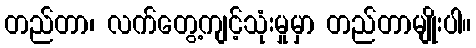
တည်တာ၊ လက်တွေ့ကျင့်သုံးမှုမှာ တည်တာမျိုးပါ။